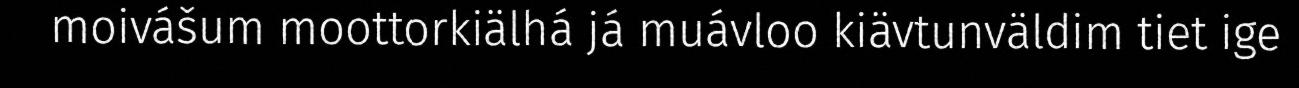
moivášum moottorkiälhá já muávloo kiävtunväldim tiet ige